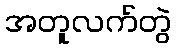
အတူလက်တွဲ